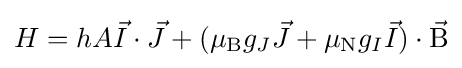
H=hA{\vec {I}}\cdot {\vec {J}}+(\mu _{\rm {B}}g_{J}{\vec {J}}+\mu _{\rm {N}}g_{I}{\vec {I}})\cdot {\vec {\rm {B}}}